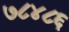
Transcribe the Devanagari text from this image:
७८४८६